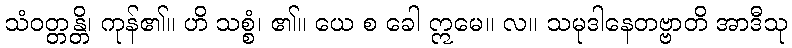
သံဝတ္တန္တိ၊ ကုန်၏။ ဟိ သစ္စံ၊ ၏။ ယေ စ ခေါ ဣမေ။ လ။ သမုဒါနေတဗ္ဗာတိ အာဒီသု